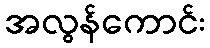
အလွန်ကောင်း